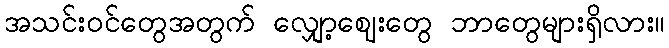
အသင်းဝင်တွေအတွက် လျှော့ဈေးတွေ ဘာတွေများရှိလား။